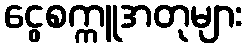
ငွေစက္ကူအတုများ